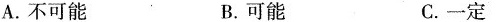
A.不可能 B.可能 C.一定